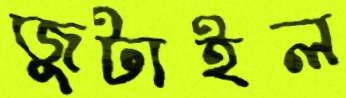
জুটাইল